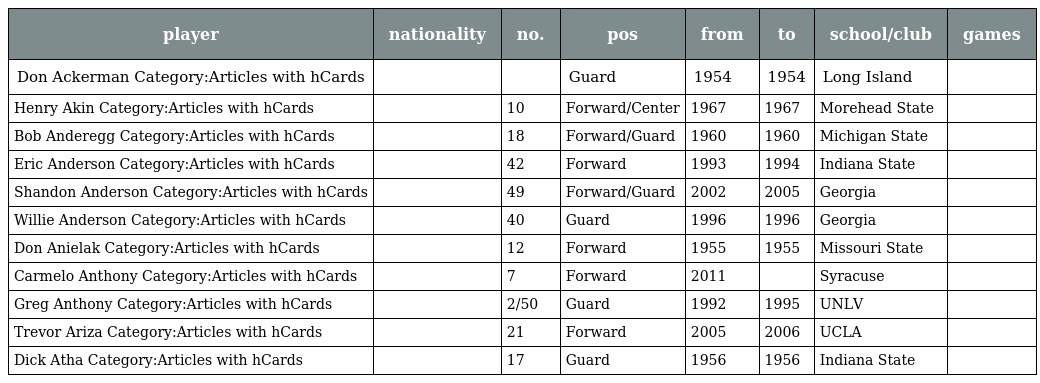
| player | nationality | no. | pos | from | to | school/club | games |
 | --- | --- | --- | --- | --- | --- | --- | --- |
 | Don Ackerman Category:Articles with hCards |  |  | Guard | 1954 | 1954 | Long Island |  |
 | Henry Akin Category:Articles with hCards |  | 10 | Forward/Center | 1967 | 1967 | Morehead State |  |
 | Bob Anderegg Category:Articles with hCards |  | 18 | Forward/Guard | 1960 | 1960 | Michigan State |  |
 | Eric Anderson Category:Articles with hCards |  | 42 | Forward | 1993 | 1994 | Indiana State |  |
 | Shandon Anderson Category:Articles with hCards |  | 49 | Forward/Guard | 2002 | 2005 | Georgia |  |
 | Willie Anderson Category:Articles with hCards |  | 40 | Guard | 1996 | 1996 | Georgia |  |
 | Don Anielak Category:Articles with hCards |  | 12 | Forward | 1955 | 1955 | Missouri State |  |
 | Carmelo Anthony Category:Articles with hCards |  | 7 | Forward | 2011 |  | Syracuse |  |
 | Greg Anthony Category:Articles with hCards |  | 2/50 | Guard | 1992 | 1995 | UNLV |  |
 | Trevor Ariza Category:Articles with hCards |  | 21 | Forward | 2005 | 2006 | UCLA |  |
 | Dick Atha Category:Articles with hCards |  | 17 | Guard | 1956 | 1956 | Indiana State |  |